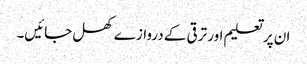
ان پر تعلیم اور ترقی کے دروازے کھل جائیں۔